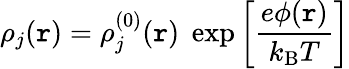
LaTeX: \rho_{j}(\mathtt{r})=\rho_{j}^{(0)}(\mathtt{r})\; \exp\left[{\frac{{e\phi(\mathtt{r})}}{{k_{\mathrm{{B}}}T}}}\right]